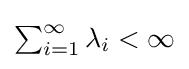
{\textstyle \sum _{i=1}^{\infty }\lambda _{i}<\infty }